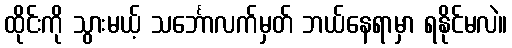
ထိုင်းကို သွားမယ့် သင်္ဘောလက်မှတ် ဘယ်နေရာမှာ ရနိုင်မလဲ။